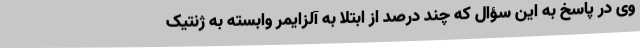
وی در پاسخ به این سؤال که چند درصد از ابتلا به آلزایمر وابسته به ژنتیک